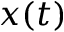
x ( t )